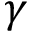
\gamma